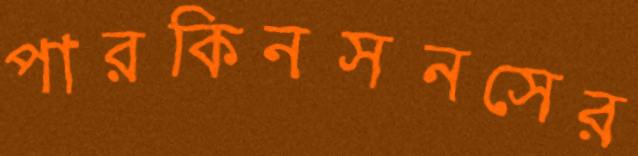
পারকিনসনসের